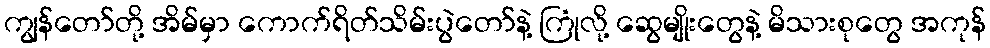
ကျွန်တော်တို့ အိမ်မှာ ကောက်ရိတ်သိမ်းပွဲတော်နဲ့ ကြုံလို့ ဆွေမျိုးတွေနဲ့ မိသားစုတွေ အကုန်